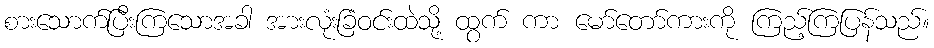
စားသောက်ပြီးကြသောအခါ အားလုံးခြံဝင်းထဲသို့ ထွက် ကာ မော်တော်ကားကို ကြည့်ကြပြန်သည်။